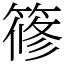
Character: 𥱤